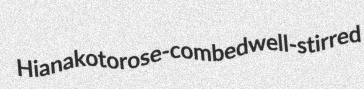
Hianakoto rose-combed well-stirred